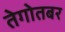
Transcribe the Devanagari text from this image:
तेगोतबर